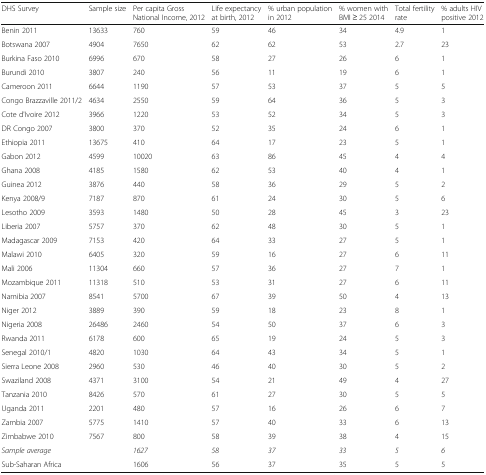
<table><thead><tr><td><b>DHS Survey</b></td><td><b>Sample size</b></td><td><b>Per capita Gross National Income, 2012</b></td><td><b>Life expectancy at birth, 2012</b></td><td><b>% urban population in 2012</b></td><td><b>% women with BMI ≥ 25 2014</b></td><td><b>Total fertility rate</b></td><td><b>% adults HIV positive 2012</b></td></tr></thead><tbody><tr><td>Benin 2011</td><td>13633</td><td>760</td><td>59</td><td>46</td><td>34</td><td>4.9</td><td>1</td></tr><tr><td>Botswana 2007</td><td>4904</td><td>7650</td><td>62</td><td>62</td><td>53</td><td>2.7</td><td>23</td></tr><tr><td>Burkina Faso 2010</td><td>6996</td><td>670</td><td>58</td><td>27</td><td>26</td><td>6</td><td>1</td></tr><tr><td>Burundi 2010</td><td>3807</td><td>240</td><td>56</td><td>11</td><td>19</td><td>6</td><td>1</td></tr><tr><td>Cameroon 2011</td><td>6644</td><td>1190</td><td>57</td><td>53</td><td>37</td><td>5</td><td>5</td></tr><tr><td>Congo Brazzaville 2011/2</td><td>4634</td><td>2550</td><td>59</td><td>64</td><td>36</td><td>5</td><td>3</td></tr><tr><td>Cote d&#x27;Ivoire 2012</td><td>3966</td><td>1220</td><td>53</td><td>52</td><td>34</td><td>5</td><td>3</td></tr><tr><td>DR Congo 2007</td><td>3800</td><td>370</td><td>52</td><td>35</td><td>24</td><td>6</td><td>1</td></tr><tr><td>Ethiopia 2011</td><td>13675</td><td>410</td><td>64</td><td>17</td><td>23</td><td>5</td><td>1</td></tr><tr><td>Gabon 2012</td><td>4599</td><td>10020</td><td>63</td><td>86</td><td>45</td><td>4</td><td>4</td></tr><tr><td>Ghana 2008</td><td>4185</td><td>1580</td><td>62</td><td>53</td><td>40</td><td>4</td><td>1</td></tr><tr><td>Guinea 2012</td><td>3876</td><td>440</td><td>58</td><td>36</td><td>29</td><td>5</td><td>2</td></tr><tr><td>Kenya 2008/9</td><td>7187</td><td>870</td><td>61</td><td>24</td><td>30</td><td>5</td><td>6</td></tr><tr><td>Lesotho 2009</td><td>3593</td><td>1480</td><td>50</td><td>28</td><td>45</td><td>3</td><td>23</td></tr><tr><td>Liberia 2007</td><td>5757</td><td>370</td><td>62</td><td>48</td><td>30</td><td>5</td><td>1</td></tr><tr><td>Madagascar 2009</td><td>7153</td><td>420</td><td>64</td><td>33</td><td>27</td><td>5</td><td>1</td></tr><tr><td>Malawi 2010</td><td>6405</td><td>320</td><td>59</td><td>16</td><td>27</td><td>6</td><td>11</td></tr><tr><td>Mali 2006</td><td>11304</td><td>660</td><td>57</td><td>36</td><td>27</td><td>7</td><td>1</td></tr><tr><td>Mozambique 2011</td><td>11318</td><td>510</td><td>53</td><td>31</td><td>27</td><td>6</td><td>11</td></tr><tr><td>Namibia 2007</td><td>8541</td><td>5700</td><td>67</td><td>39</td><td>50</td><td>4</td><td>13</td></tr><tr><td>Niger 2012</td><td>3889</td><td>390</td><td>59</td><td>18</td><td>23</td><td>8</td><td>1</td></tr><tr><td>Nigeria 2008</td><td>26486</td><td>2460</td><td>54</td><td>50</td><td>37</td><td>6</td><td>3</td></tr><tr><td>Rwanda 2011</td><td>6178</td><td>600</td><td>65</td><td>19</td><td>24</td><td>5</td><td>3</td></tr><tr><td>Senegal 2010/1</td><td>4820</td><td>1030</td><td>64</td><td>43</td><td>34</td><td>5</td><td>1</td></tr><tr><td>Sierra Leone 2008</td><td>2960</td><td>530</td><td>46</td><td>40</td><td>30</td><td>5</td><td>2</td></tr><tr><td>Swaziland 2008</td><td>4371</td><td>3100</td><td>54</td><td>21</td><td>49</td><td>4</td><td>27</td></tr><tr><td>Tanzania 2010</td><td>8426</td><td>570</td><td>61</td><td>27</td><td>30</td><td>5</td><td>5</td></tr><tr><td>Uganda 2011</td><td>2201</td><td>480</td><td>57</td><td>16</td><td>26</td><td>6</td><td>7</td></tr><tr><td>Zambia 2007</td><td>5775</td><td>1410</td><td>57</td><td>40</td><td>33</td><td>6</td><td>13</td></tr><tr><td>Zimbabwe 2010</td><td>7567</td><td>800</td><td>58</td><td>39</td><td>38</td><td>4</td><td>15</td></tr><tr><td><i>Sample average</i></td><td></td><td><i>1627</i></td><td><i>58</i></td><td><i>37</i></td><td><i>33</i></td><td><i>5</i></td><td><i>6</i></td></tr><tr><td>Sub-Saharan Africa</td><td></td><td>1606</td><td>56</td><td>37</td><td>35</td><td>5</td><td>5</td></tr></tbody></table>